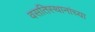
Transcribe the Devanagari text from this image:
वसतिस्थानांच्या